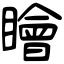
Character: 瞺